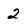
Character: 2